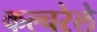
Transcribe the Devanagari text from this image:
कल्चरेले